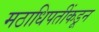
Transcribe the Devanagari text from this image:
मठाधिपतींकडून